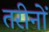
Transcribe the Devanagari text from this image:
तरीनों